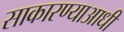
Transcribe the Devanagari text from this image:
साकारण्याआधी